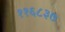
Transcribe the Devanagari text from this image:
११६८३७